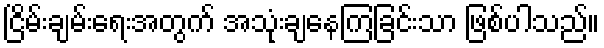
ငြိမ်းချမ်းရေးအတွက် အသုံးချနေကြခြင်းသာ ဖြစ်ပါသည်။